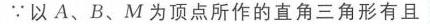
\text{透彻讲解解题技巧，让}